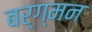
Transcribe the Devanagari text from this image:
बर्ग्मन